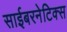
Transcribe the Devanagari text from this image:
साईबरनेटिक्स